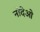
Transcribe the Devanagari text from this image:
नांदेओ